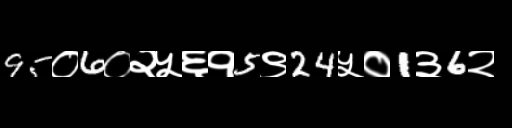
Text: 95०6०२५६१5९24५०1३6२